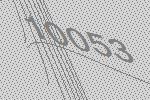
10053